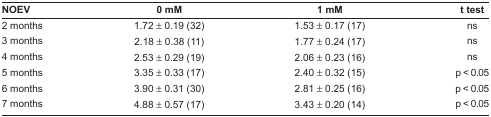
<table><thead><tr><td><b>NOEV</b></td><td><b>0 mM</b></td><td><b>1 mM</b></td><td><b>t test</b></td></tr></thead><tbody><tr><td>2 months</td><td>1.72 ± 0.19 (32)</td><td>1.53 ± 0.17 (17)</td><td>ns</td></tr><tr><td>3 months</td><td>2.18 ± 0.38 (11)</td><td>1.77 ± 0.24 (17)</td><td>ns</td></tr><tr><td>4 months</td><td>2.53 ± 0.29 (19)</td><td>2.06 ± 0.23 (16)</td><td>ns</td></tr><tr><td>5 months</td><td>3.35 ± 0.33 (17)</td><td>2.40 ± 0.32 (15)</td><td>p &lt; 0.05</td></tr><tr><td>6 months</td><td>3.90 ± 0.31 (30)</td><td>2.81 ± 0.25 (16)</td><td>p &lt; 0.05</td></tr><tr><td>7 months</td><td>4.88 ± 0.57 (17)</td><td>3.43 ± 0.20 (14)</td><td>p &lt; 0.05</td></tr></tbody></table>